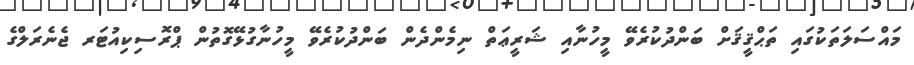
މައްސަލަތަކުގައި ތަޙްޤީޤަށް ބަންދުކުރެވޭ މީހުނާއި ޝަރީޢަތް ނިމެންދެން ބަންދުކުރެވޭ މީހުނާގުޅޭގޮތުން ޕްރޮސިކިއުޓަރ ޖެނެރަލްގެ